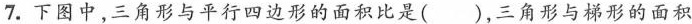
7.下图中，三角形与平行四边形的面积比是( )，三角形与梯形的面积